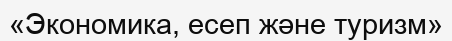
«Экономика, есеп және туризм»